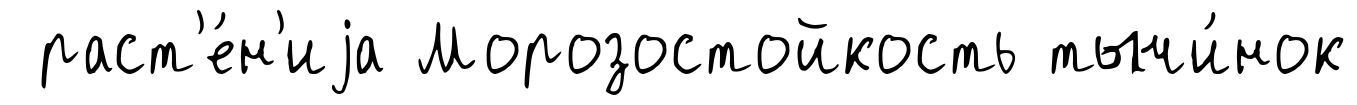
раст'е́н'иjа Морозостойкость тычи́нок